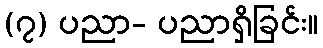
(၇) ပညာ- ပညာရှိခြင်း။